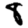
Digit: 8